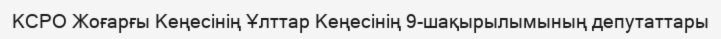
КСРО Жоғарғы Кеңесінің Ұлттар Кеңесінің 9-шақырылымының депутаттары